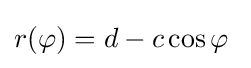
r(\varphi )=d-c\cos \varphi \